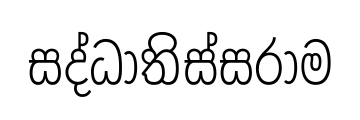
සද්ධාතිස්සරාම